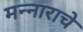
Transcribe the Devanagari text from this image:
मन्नाराचे